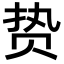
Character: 贽